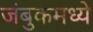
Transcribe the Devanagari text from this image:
जंबुकमध्ये